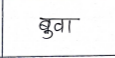
मजकूर: बुवा